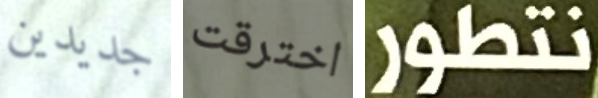
جديدين اخترقت نتطور